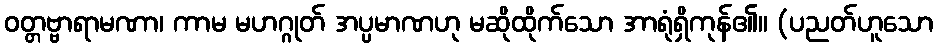
ဝတ္တဗ္ဗာရာမဏာ၊ ကာမ မဟဂ္ဂုတ် အပ္ပမာဏဟု မဆိုထိုက်သော အာရုံရှိကုန်၏။ (ပညတ်ဟူသော